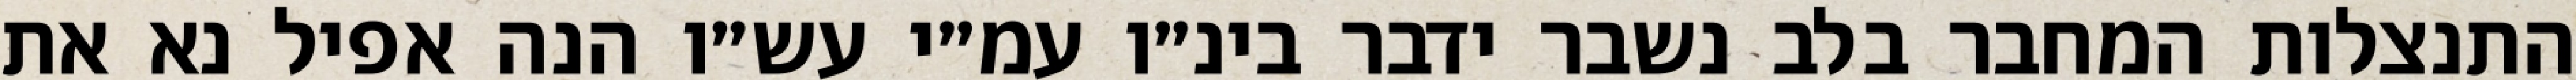
התנצלות המחבר בלב נשבר ידבר בינ״ו עמ״י עש״ו הנה אפיל נא את